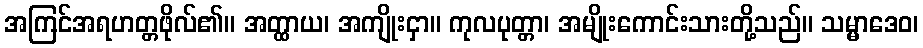
အကြင်အရဟတ္တဖိုလ်၏။ အတ္ထာယ၊ အကျိုးငှာ။ ကုလပုတ္တာ၊ အမျိုးကောင်းသားတို့သည်။ သမ္မာဒေဝ၊